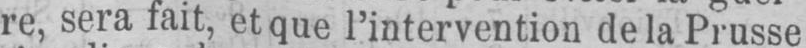
re, sera fait, et que l’intervention de la Prusse